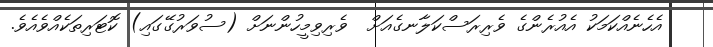
އެހެނެއްކަމަކު އެއުރެންގެ ވެރިރަސްކަލާނގެއަށް  ވެރިވިމީހުންނަށް (ސުވަރުގޭގައި) ކޮޓަރިތަކެއްވެއެވެ.